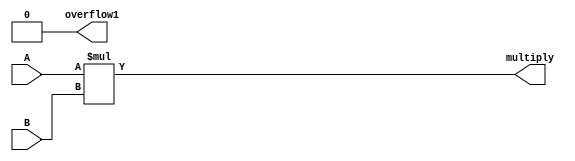
`timescale 1ns / 1ns
//////////////////////////////////////////////////////////////////////////////////
// Company:        San Diego State University
// 
// Design Name: 
// Module Name:    FPmultiply 
// Project Name: 
// Target Devices: 
// Tool versions: 
// Description: 
//
// Dependencies: 
//
// Revision: 
// Revision 0.01 - File Created
// Additional Comments: 
// This program is free software: you can redistribute it and/or modify
// it under the terms of the GNU General Public License as published by
// the Free Software Foundation, either version 3 of the License, or
// (at your option) any later version.
//
// This program is distributed in the hope that it will be useful,
// but WITHOUT ANY WARRANTY; without even the implied warranty of
// MERCHANTABILITY or FITNESS FOR A PARTICULAR PURPOSE.  See the
// GNU General Public License for more details.
//
// You should have received a copy of the GNU General Public License
// along with this program.  
// If not, see <https://www.gnu.org/licenses/>
//////////////////////////////////////////////////////////////////////////////////
`define X_trc (WIO>=2)?(WIO-2+fracL):fracL
module FPmultiply
#(parameter  WI1 = 4, 
         WF1 = 5,
         WI2 = 4,
         WF2 = 5,
         WIO = 8,
         WFO = 10)

   (
    input signed[(WI1+WF1-1):0] A,
    input signed[(WI2+WF2-1):0] B,
    output signed[(WIO+WFO-1):0] multiply,
   output overflow1
    );

 parameter intL = WI1 + WI2;
 parameter fracL = WF1 + WF2;

wire [(intL+fracL-1):0] tempmult;

reg  [(WIO-1) : 0] outI;
reg  [(WFO-1) : 0] outF;

reg [((intL-WIO)-1):0] checkbits;
reg [((intL-WIO)-1):0] threshold;
reg overflow;

assign tempmult = A * B;

//------------------------------------------truncation-------------------------------------------------//
//---------------------------------adjusting bitwidth of fractional part-------------------------------//
always @* begin
  if (WFO >= fracL)begin
    outF = {tempmult[fracL-1:0],{(WFO-fracL){1'b0}}};
  end
  else begin
    outF = tempmult[(fracL-1):(fracL-WFO)];
  end
end
//---------------------adjusting bitwidth of Integer part and check if overflow occurs-----------------//
// If overflow occurs indicate by making overflow flag = 1
assign overflow1 =overflow;
always @* begin
  if (WIO >= intL)begin
    outI = {{(WIO-intL){tempmult[intL+fracL-1]}},tempmult[(intL+fracL-1):fracL]};
    overflow = 1'b0;
    checkbits = 0;
    threshold = 0;  
  end
  else begin
    if (WIO == 1)begin
      outI = tempmult[intL+fracL-1];
      checkbits = tempmult[(intL+fracL-1):(`X_trc)];
      //checkbits are the bits truncated from the integer part of the output
      threshold = {(intL-WIO){tempmult[intL+fracL-1]}};
      //threshold are the number of bits truncated times sign bit of output 
      overflow = 1'b0;
      if (checkbits == threshold)
      overflow = 1'b0;
      else
      overflow = 1'b1;
    end  
    else begin
      outI = {tempmult[intL+fracL-1],tempmult[`X_trc:fracL]};
      checkbits = tempmult[(intL+fracL-1):(`X_trc)+1];
      //checkbits are the bits truncated from the integer part of the output
      threshold = {(intL-WIO){tempmult[intL+fracL-1]}};
      //threshold are the number of bits truncated times sign bit of output 
      overflow = 1'b0;
      
      if (checkbits == threshold)
      overflow = 1'b0;
      else
      overflow = 1'b1;
    end
  end
end

assign multiply ={outI,outF};

endmodule